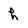
Character: h